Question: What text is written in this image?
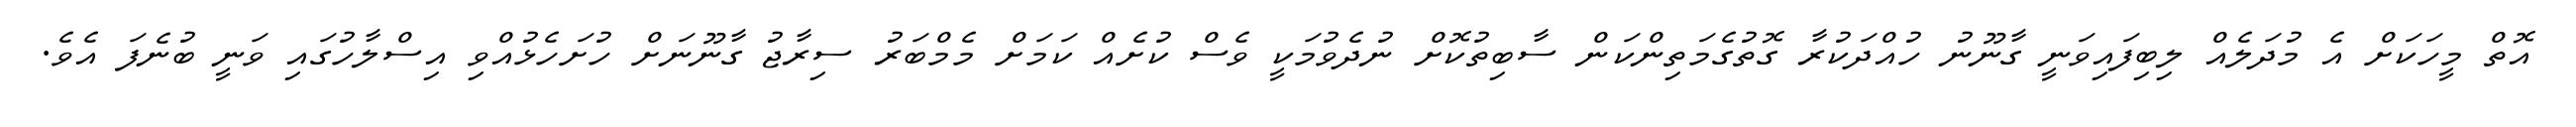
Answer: އޮތް މީހަކަށް އެ މުދަލެއް ލިބިފައިވަނީ ގާނޫނު ހުއްދަކުރާ ގޮތުގެމަތިންކަން ސާބިތުކޮށް ނުދެވުމަކީ ވެސް ކުށެއް ކަމަށް މެމްބަރު ސިރާޖު ގާނޫނަށް ހުށަހެޅުއްވި އިސްލާހުގައި ވަނީ ބުނެފަ އެވެ.